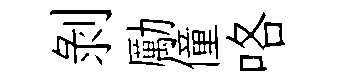
剝勵僮咯